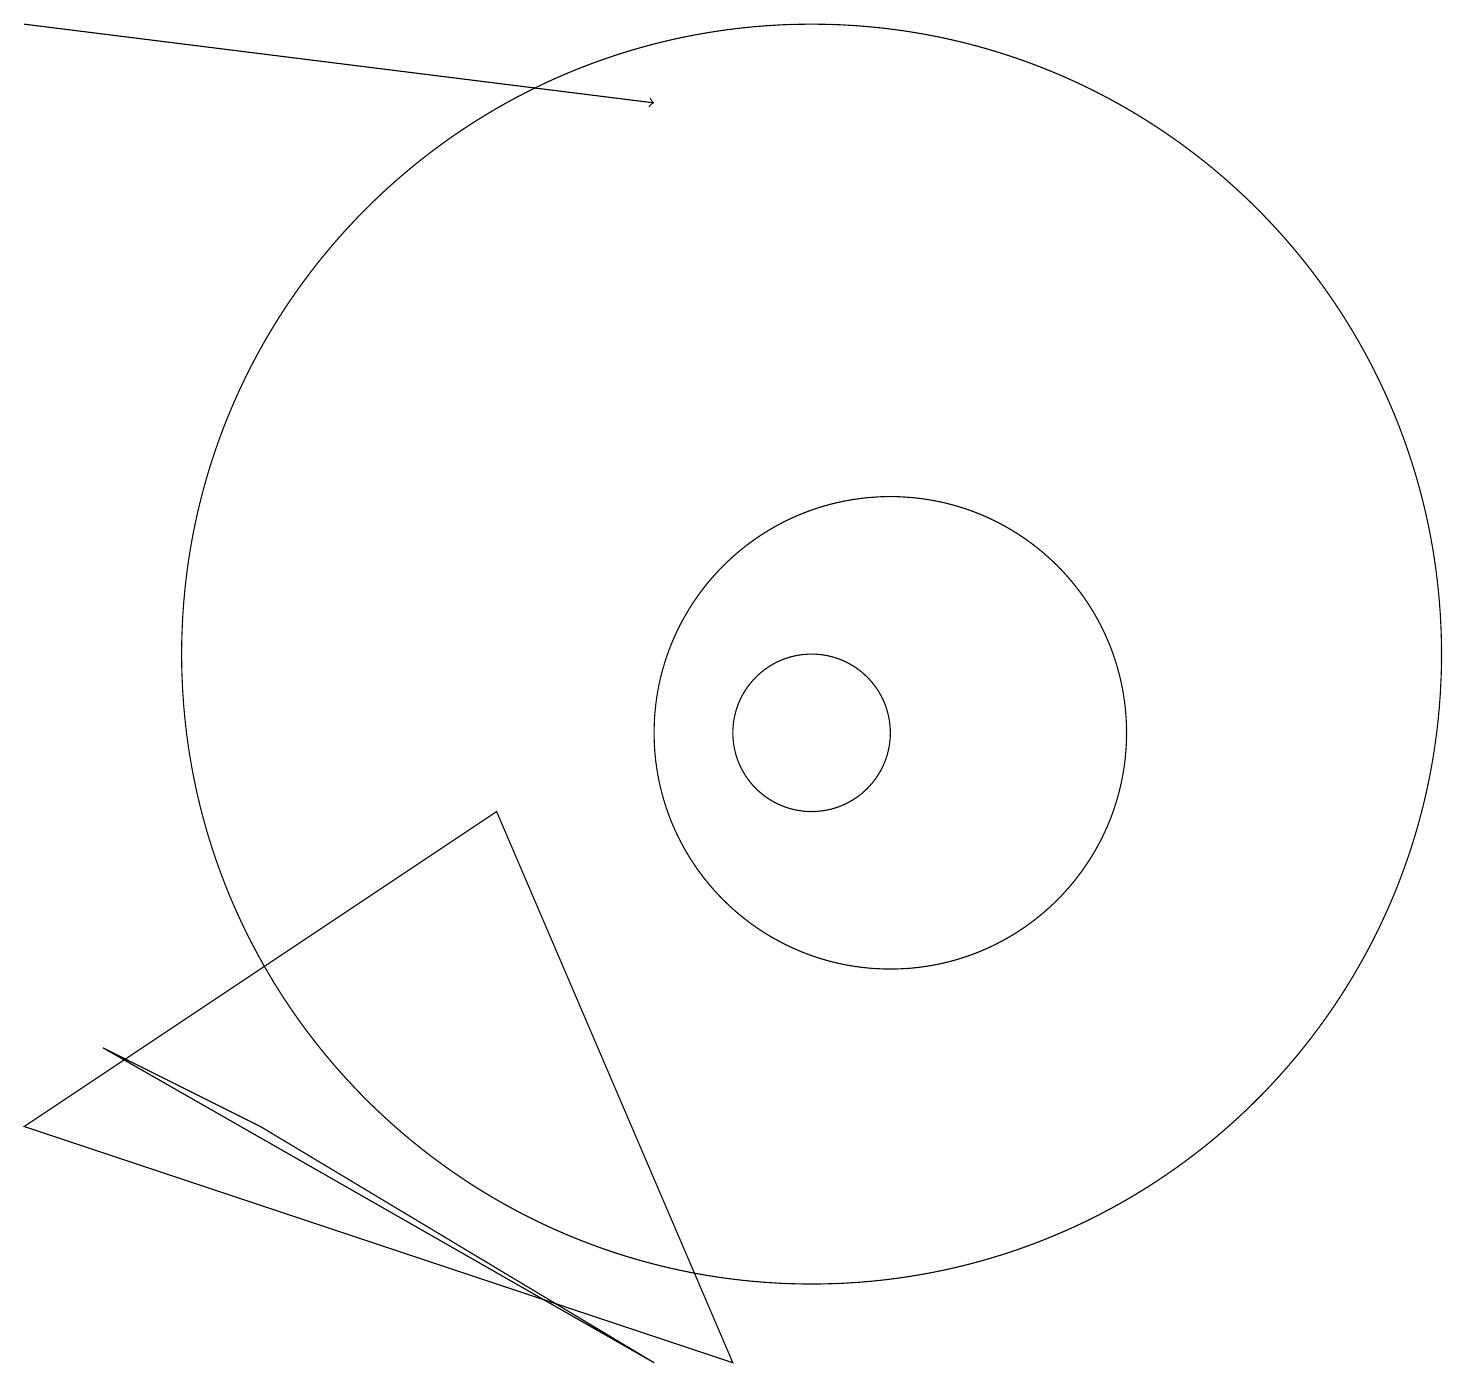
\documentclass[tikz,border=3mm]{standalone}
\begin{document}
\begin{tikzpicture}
\draw[->] (0,19) -- (8,18);
\draw (8,2) -- (1,6) -- (3,5) -- cycle;
\draw (11,10) circle (3);
\draw (10,10) circle (1);
\draw (6,9) -- (0,5) -- (9,2) -- cycle;
\draw (10,11) circle (8);
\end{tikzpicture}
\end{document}